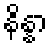
နိန္နာ